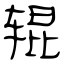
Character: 辊